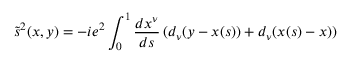
\tilde { s } ^ { 2 } ( x , y ) = - i e ^ { 2 } \int _ { 0 } ^ { 1 } \frac { d x ^ { \nu } } { d s } \, ( d _ { \nu } ( y - x ( s ) ) + d _ { \nu } ( x ( s ) - x ) )